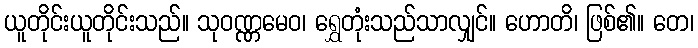
ယူတိုင်းယူတိုင်းသည်။ သုဝဏ္ဏမေဝ၊ ရွှေတုံးသည်သာလျှင်။ ဟောတိ၊ ဖြစ်၏။ တေ၊